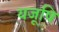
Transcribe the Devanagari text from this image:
यजूषि